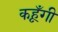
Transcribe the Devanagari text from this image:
कहूँगी